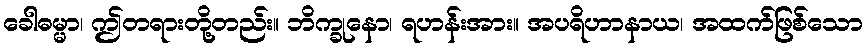
ခေါဓမ္မာ၊ ဤတရားတို့တည်း။ ဘိက္ခုနော၊ ရဟန်းအား။ အပရိဟာနာယ၊ အထက်ဖြစ်သော